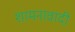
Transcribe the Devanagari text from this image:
शामनावादी